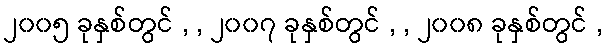
၂၀၀၅ ခုနှစ်တွင် , , ၂၀၀၇ ခုနှစ်တွင် , , ၂၀၀၈ ခုနှစ်တွင် ,